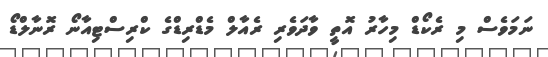
ނަމަވެސް މި ރެކޯޑް މިހާރު އޮތީ ވާދަވެރި ރެއާލް މެޑްރިޑްގެ ކްރިސްޓިއާނޯ ރޮނާލްޑޯ